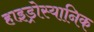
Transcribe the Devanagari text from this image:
हाइड्रोस्यानिक